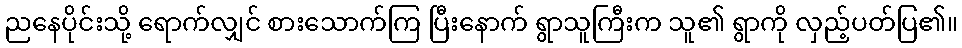
ညနေပိုင်းသို့ ရောက်လျှင် စားသောက်ကြ ပြီးနောက် ရွာသူကြီးက သူ၏ ရွာကို လှည့်ပတ်ပြ၏။